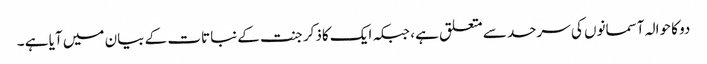
دو کا حوالہ آسمانوں کی سرحد سے متعلق ہے ، جبکہ ایک کاذکر جنت کے نباتات کے بیان میں آیا ہے ۔